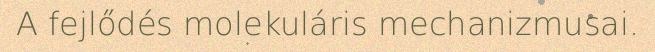
A fejlődés molekuláris mechanizmusai.